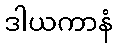
ဒါယကာနံ